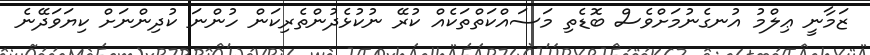
ޒަމާނީ ޢިލްމު އުނގެނުމަށްވެސް ބޮޑެތި މަސައްކަތްތަކެއް ކުރޭ ނުކުޅެދުންތެރިކަން ހުންނަ ކުދިންނަށް ކިޔަވަދޭނެ